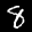
Label: 8